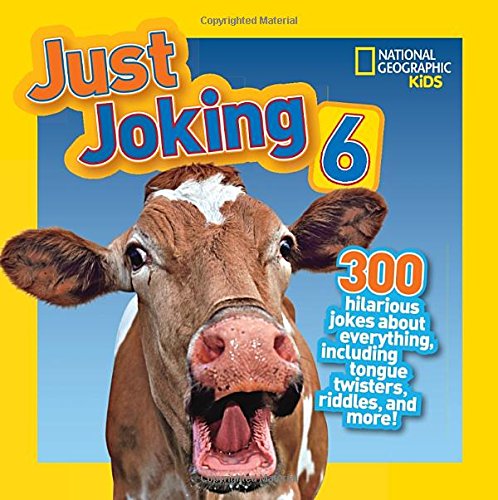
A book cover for National Geographic Kids Just Joking 6; National Geographic Kids; Children's Books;